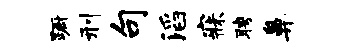
蹰刑句滔寐聘鼻